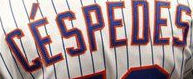
CESPEDES